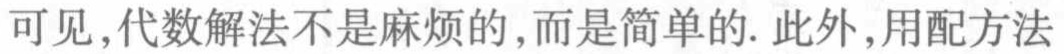
可见，代数解法不是麻烦的，而是简单的. 此外，用配方法